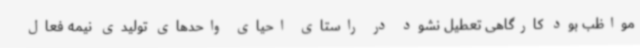
مواظب بود کارگاهی تعطیل نشود در راستای احیای واحدهای تولیدی نیمه فعال